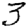
Digit: 3